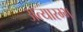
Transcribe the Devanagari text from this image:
अत्यारम्भ